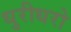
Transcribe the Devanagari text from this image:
धुरीधरो